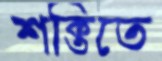
শক্তিতে